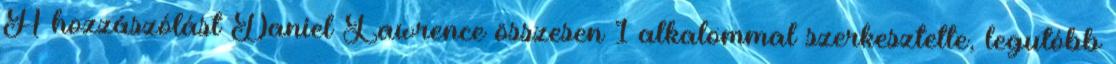
A hozzászólást Daniel Lawrence összesen 1 alkalommal szerkesztette, legutóbb